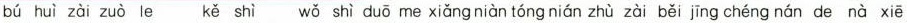
bú huì zài zuò le kěshì wǒ shì duō me xiǎng niàn tóng nián zhù zài běi jīng chéng nán de nà xiē